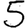
Digit: 5